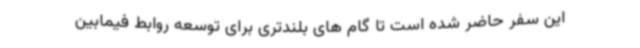
این سفر حاضر شده است تا گام های بلندتری برای توسعه روابط فیمابین